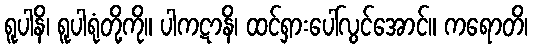
ရူပါနိ၊ ရူပါရုံတို့ကို။ ပါကဋာနိ၊ ထင်ရှားပေါ်လွင်အောင်။ ကရောတိ၊